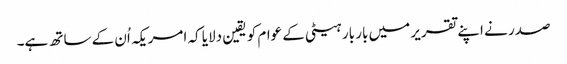
صدر نے اپنے تقریر میں بار بار ہیٹی کے عوام کو یقین دلایا کہ امریکہ اُن کے ساتھ ہے۔